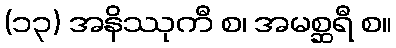
(၁၃) အနိဿုကီ စ၊ အမစ္ဆရီ စ။